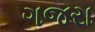
ગજરા